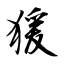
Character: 猨